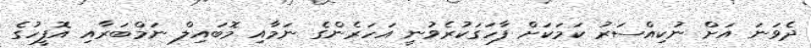
ދެވަނަ އަށް ނުކިއްސަރު ކަމަކަށް ފާހަގަކުރެވުނީ އަހަރެންގެ ނަމާއި މޮބައިލް ނަމްބަރާއި އޮފީހުގެ